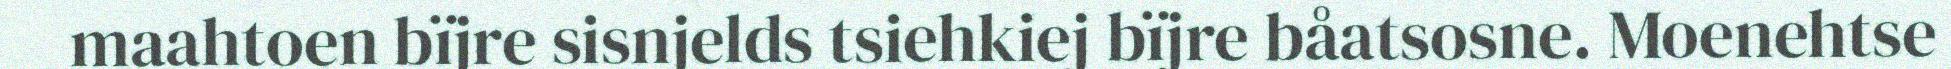
maahtoen bïjre sisnjelds tsiehkiej bïjre båatsosne. Moenehtse